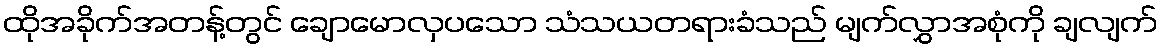
ထိုအခိုက်အတန့်တွင် ချောမောလှပသော သံသယတရားခံသည် မျက်လွှာအစုံကို ချလျက်